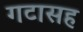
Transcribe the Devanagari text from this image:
गटासह